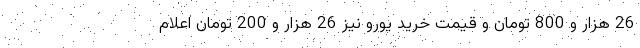
26 هزار و 800 تومان و قیمت خرید یورو نیز 26 هزار و 200 تومان اعلام